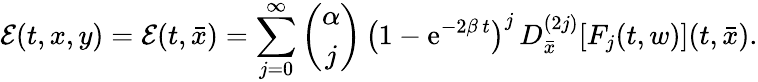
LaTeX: {\mathcal E}(t,x,y)={\mathcal E}(t,{\bar{x}})=\sum_{j=0}^{\infty}\left(\begin{array}{c}{\alpha}\\ {j}\end{array}\right)\, \left(1-{\mathrm{e}^{-2\beta\, t}}\right)^{j}\, D_{\bar{x}}^{(2j)}[F_{j}(t,w)](t,{\bar{x}}).